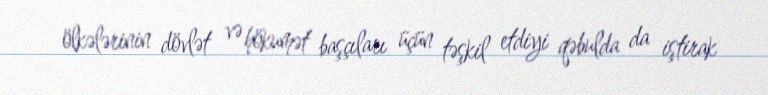
ölkələrinin dövlət və hökumət başçıları üçün təşkil etdiyi qəbulda da iştirak